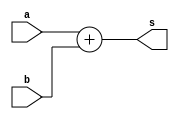
module adder(input [17:0] a,b, output [17:0] s);

assign s = a+b;

endmodule